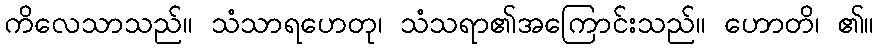
ကိလေသာသည်။ သံသာရဟေတု၊ သံသရာ၏အကြောင်းသည်။ ဟောတိ၊ ၏။